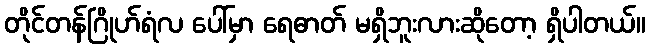
တိုင်တန်ဂြိုဟ်ရံလ ပေါ်မှာ ရေဓာတ် မရှိဘူးလားဆိုတော့ ရှိပါတယ်။